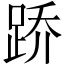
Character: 𫏋